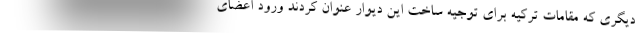
دیگری که مقامات ترکیه برای توجیه ساخت این دیوار عنوان کردند ورود اعضای